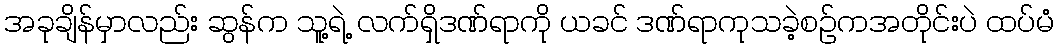
အခုချိန်မှာလည်း ဆွန်က သူ့ရဲ့ လက်ရှိဒဏ်ရာကို ယခင် ဒဏ်ရာကုသခဲ့စဥ်ကအတိုင်းပဲ ထပ်မံ